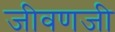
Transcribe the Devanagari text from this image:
जीवणजी